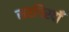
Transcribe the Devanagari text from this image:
सरगिरदाँ